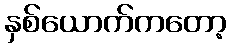
နှစ်ယောက်ကတော့